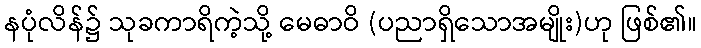
နပုံလိန်၌ သုခကာရိကဲ့သို့ မေဓာဝိ (ပညာရှိသောအမျိုး)ဟု ဖြစ်၏။